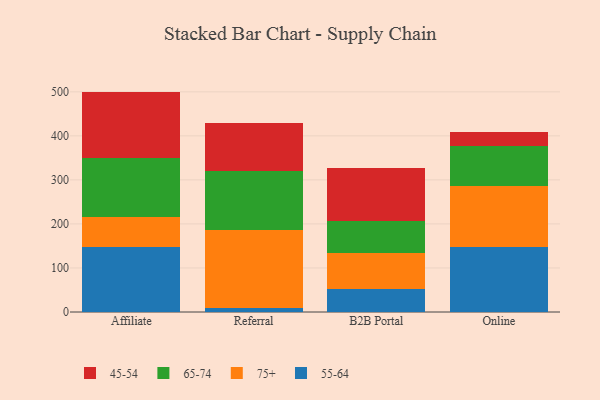
{"axis": {"x": "Channel", "y": "Inventory Turnover"}, "legend": ["45-54", "55-64", "65-74", "75+"], "data": [{"x": "Affiliate", "y": 148.4, "type": "55-64"}, {"x": "Affiliate", "y": 68.0, "type": "75+"}, {"x": "Affiliate", "y": 133.6, "type": "65-74"}, {"x": "Affiliate", "y": 150.5, "type": "45-54"}, {"x": "Referral", "y": 8.8, "type": "55-64"}, {"x": "Referral", "y": 178.3, "type": "75+"}, {"x": "Referral", "y": 132.0, "type": "65-74"}, {"x": "Referral", "y": 109.6, "type": "45-54"}, {"x": "B2B Portal", "y": 51.9, "type": "55-64"}, {"x": "B2B Portal", "y": 82.2, "type": "75+"}, {"x": "B2B Portal", "y": 72.6, "type": "65-74"}, {"x": "B2B Portal", "y": 120.0, "type": "45-54"}, {"x": "Online", "y": 146.7, "type": "55-64"}, {"x": "Online", "y": 139.3, "type": "75+"}, {"x": "Online", "y": 92.1, "type": "65-74"}, {"x": "Online", "y": 30.0, "type": "45-54"}]}